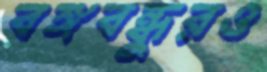
বঙ্গবন্ধুরও